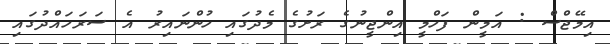
އިމޭޖްސް : އަމީން ފަހްމީ އިންޖީނުގެ ރަށުގެ މެދުގައި ހުންނައިރު އެ ސަރަހައްދުގައި